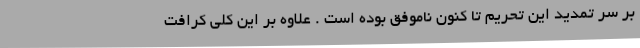
بر سر تمدید این تحریم تا کنون ناموفق بوده است . علاوه بر این کلی کرافت